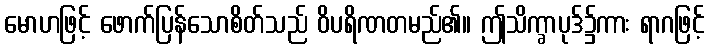
မောဟဖြင့် ဖောက်ပြန်သောစိတ်သည် ဝိပရိဏတမည်၏။ ဤသိက္ခာပုဒ်၌ကား ရာဂဖြင့်